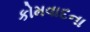
કોમવાદના